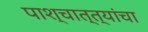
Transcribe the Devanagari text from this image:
पाश्चात्त्यांचा